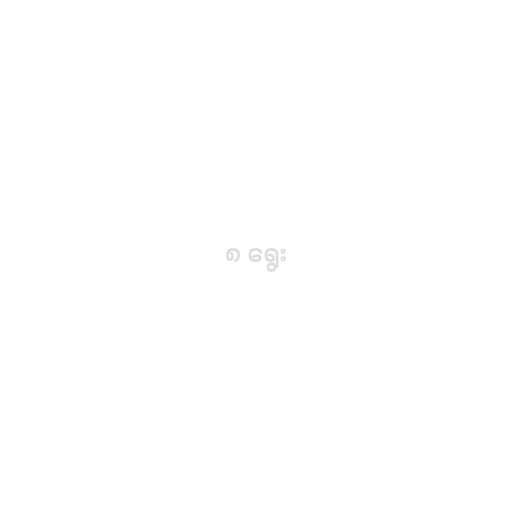
၈ ရွေး